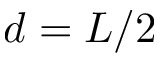
d = L / 2